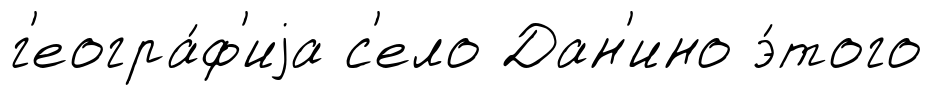
г'еогра́ф'иjа с'ело Дан'ино э́того